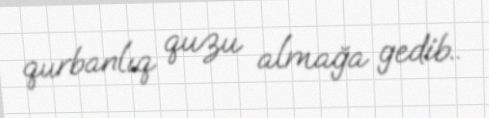
qurbanlıq quzu almağa gedib..